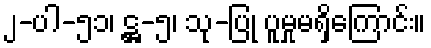
၂-ပါ-၅၁၊ ဋ္ဌ-၅၊ သု-ပြု ပူမှုမရှိကြောင်း။